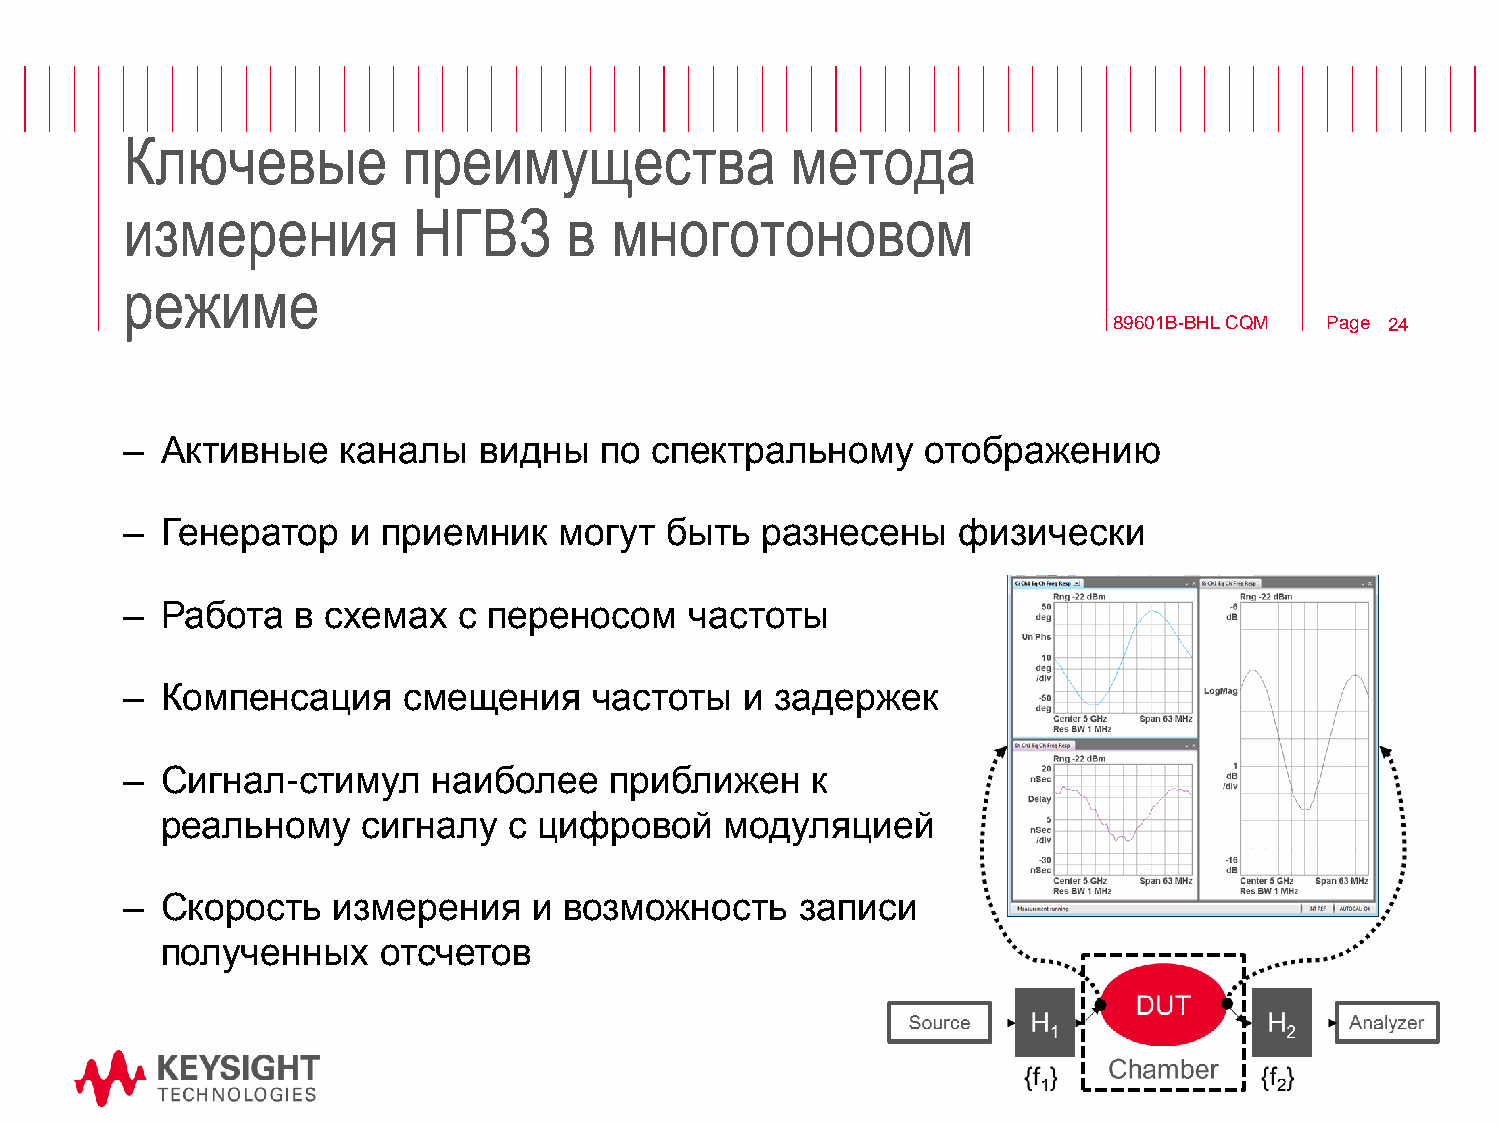
Ключевые           преимущества             метода
 измерения          НГВЗ       в многотоновом
 режиме
 89601B-BHL CQM Page 24
 –  Активные    каналы   видны   по спектральному     отображению
 –  Генератор   и приемник    могут  быть  разнесены     физически
 –  Работа   в схемах  с переносом     частоты
 –  Компенсация     смещения    частоты   и задержек
 –  Сигнал-стимул     наиболее   приближен     к
 реальному    сигналу   с цифровой    модуляцией
 –  Скорость   измерения    и возможность     записи
 полученных    отсчетов